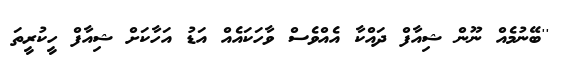
''ބޭނުމެއް ނޫން ޝިއާފް ދައްކާ އެއްވެސް ވާހަކައެއް އަޑު އަހާކަށް ޝިއާފް ހީކުރީތަ